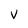
Character: V